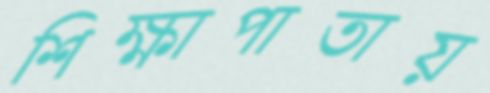
শিক্ষাপাতায়